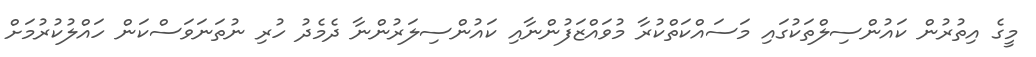
މީގެ އިތުރުން ކައުންސިލްތަކުގައި މަސައްކަތްކުރާ މުވައްޒަފުންނާއި ކައުންސިލަރުންނާ ދެމެދު ހުރި ނުތަނަވަސްކަން ހައްލުކުރުމަށް